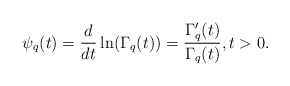
\begin{align*}\psi_q(t)=\frac{d}{dt}\ln(\Gamma_q(t))=\frac{\Gamma_q'(t)}{\Gamma_q(t)},t>0.\end{align*}